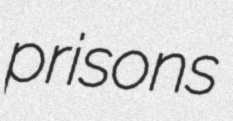
prisons